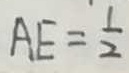
A E = \frac { 1 } { 2 }